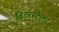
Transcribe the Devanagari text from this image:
विंटरस्टेलर